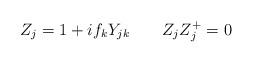
LaTeX: \begin{align*}Z_j=1+if_kY_{jk}\qquad Z_jZ_j^{+}=0 \end{align*}